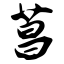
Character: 菖